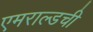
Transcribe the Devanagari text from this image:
एमराल्डची